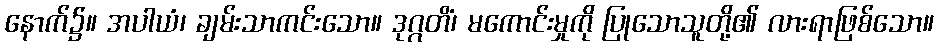
နောက်၌။ အပါယံ၊ ချမ်းသာကင်းသော။ ဒုဂ္ဂတိံ၊ မကောင်းမှုကို ပြုသောသူတို့၏ လားရာဖြစ်သော။